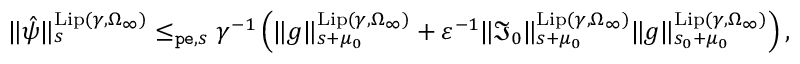
\begin{array} { r } { \rVert \hat { \psi } \rVert _ { s } ^ { \mathrm { L i p } ( \gamma , \Omega _ { \infty } ) } \le _ { \mathtt { p e } , s } \gamma ^ { - 1 } \left( \rVert g \rVert _ { s + \mu _ { 0 } } ^ { \mathrm { L i p } ( \gamma , \Omega _ { \infty } ) } + \varepsilon ^ { - 1 } \rVert \mathfrak { I } _ { 0 } \rVert _ { s + \mu _ { 0 } } ^ { \mathrm { L i p } ( \gamma , \Omega _ { \infty } ) } \rVert g \rVert _ { s _ { 0 } + \mu _ { 0 } } ^ { \mathrm { L i p } ( \gamma , \Omega _ { \infty } ) } \right) , } \end{array}